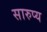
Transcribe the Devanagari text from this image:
सारुप्य